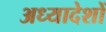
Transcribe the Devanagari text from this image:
अध्‍यादेशों